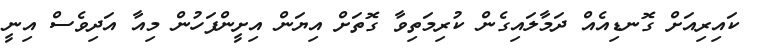
ކައިރިއަށް ގޮނޑިއެއް ދަމާލައިގެން ކުރިމަތިވާ ގޮތަށް އިޔަން އިށީންފަހުން މިއާ އަދިވެސް އިނީ